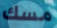
مسك